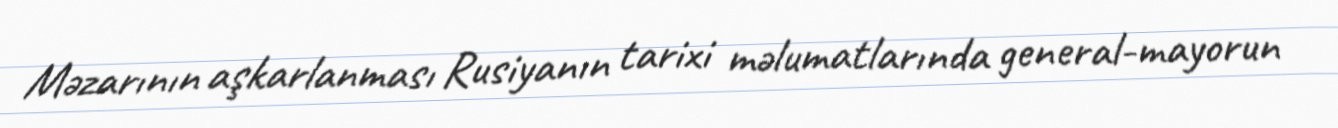
Məzarının aşkarlanması Rusiyanın tarixi məlumatlarında general-mayorun